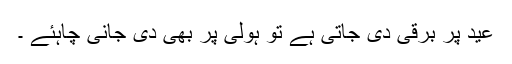
عید پر برقی دی جاتی ہے تو ہولی پر بھی دی جانی چاہئے ۔